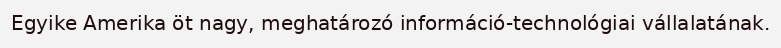
Egyike Amerika öt nagy, meghatározó információ-technológiai vállalatának.